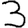
Digit: 3